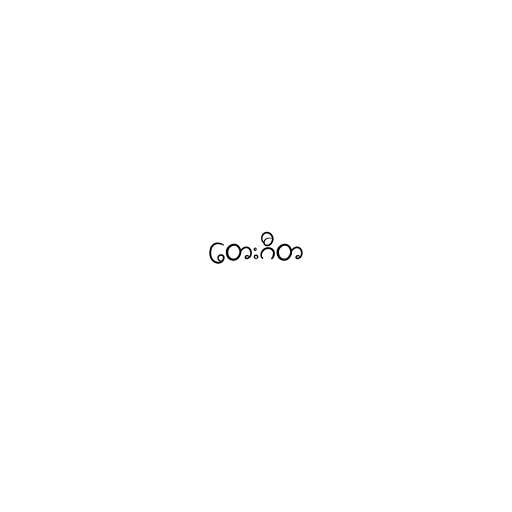
တေးဂီတ